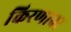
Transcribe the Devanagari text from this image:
किरणावर